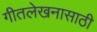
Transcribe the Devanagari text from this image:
गीतलेखनासाठी